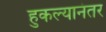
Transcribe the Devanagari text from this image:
हुकल्यानंतर